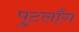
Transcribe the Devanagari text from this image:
पुटलाँग